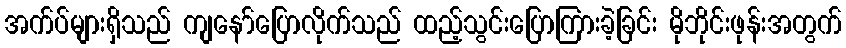
အက်ပ်များရှိသည် ကျနော်ပြောလိုက်သည် ထည့်သွင်းပြောကြားခဲ့ခြင်း မိုဘိုင်းဖုန်းအတွက်